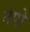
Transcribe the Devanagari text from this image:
नेपो